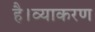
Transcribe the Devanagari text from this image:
है।व्याकरण